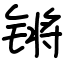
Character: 锵